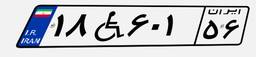
۱۸W۶۰۱۵۶